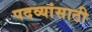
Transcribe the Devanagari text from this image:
पदव्यांसाठी